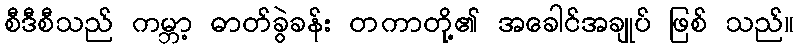
စီဒီစီသည် ကမ္ဘာ့ ဓာတ်ခွဲခန်း တကာတို့၏ အခေါင်အချုပ် ဖြစ် သည်။